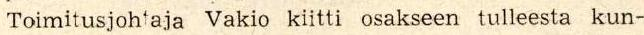
Toimitusjohtaja Vakio kiitti osakseen tulleesta kun-